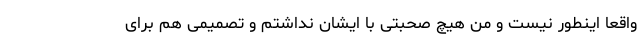
واقعا اینطور نیست و من هیچ صحبتی با ایشان نداشتم و تصمیمی هم برای